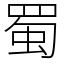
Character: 蜀